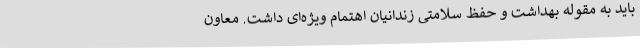
باید به مقوله بهداشت و حفظ سلامتی زندانیان اهتمام ویژه‌ای داشت. معاون